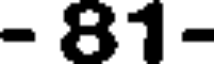
- 81-